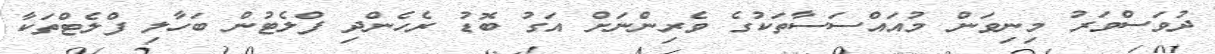
ދުވަސްވަރު މިނިވަން މުއައްސަސާތަކުގެ ވެރިންނަށް އަގު ބޮޑު ރެހެންދި ފްލެޓުން ބަހާލި ފްލެޓްތަކާ